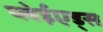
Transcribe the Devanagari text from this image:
प्लेईएड्स